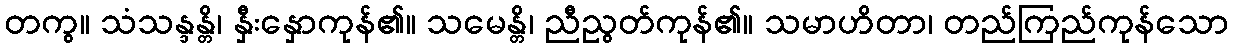
တကွ။ သံသန္ဒန္တိ၊ နှီးနှောကုန်၏။ သမေန္တိ၊ ညီညွတ်ကုန်၏။ သမာဟိတာ၊ တည်ကြည်ကုန်သော